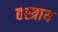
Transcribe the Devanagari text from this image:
हस्त्राय